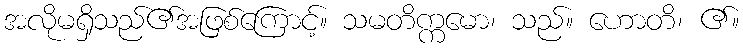
အလိုမရှိသည်၏အဖြစ်ကြောင့်။ သမတိက္ကမော၊ သည်။ ဟောတိ၊ ၏။